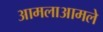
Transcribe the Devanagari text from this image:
आमलाआमले